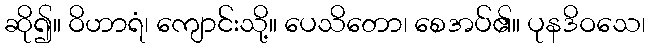
ဆို၍။ ဝိဟာရံ၊ ကျောင်းသို့။ ပေသိတော၊ စေအပ်၏။ ပုနဒိဝသေ၊